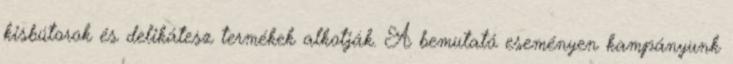
kisbútorok és delikátesz termékek alkotják. A bemutató eseményen kampányunk